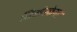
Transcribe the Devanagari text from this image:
सिओस्केगर